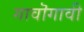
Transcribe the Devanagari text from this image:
गावॊगावी